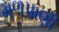
મળપાણી